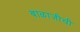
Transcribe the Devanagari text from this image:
बाळाजीची